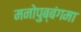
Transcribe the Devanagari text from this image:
मनोपुब्बंगमा